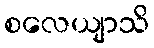
စလေယျာသိ